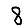
Digit: 8